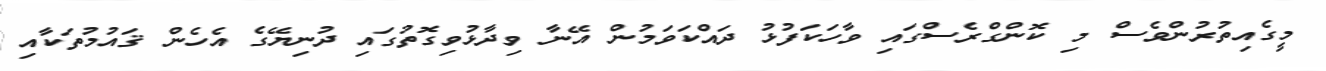
މީގެއިތުރުންވެސް މި ކޮންގްރެސްގައި ވާހަކަފުޅު ދައްކަވަމުން އޭނާ ވިދާޅުވިގޮތުގައި ދުނިޔޭގެ އެހެން ޤައުމުތަކާއި